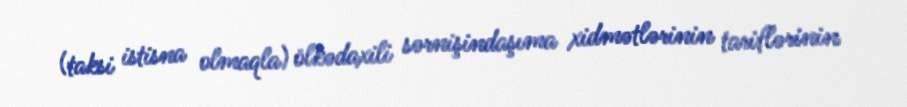
(taksi istisna olmaqla) ölkədaxili sərnişindaşıma xidmətlərinin tariflərinin